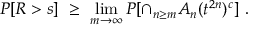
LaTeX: P [ R > s ] \ \ge \ \operatorname * { l i m } _ { m \to \infty } P [ \cap _ { n \ge m } A _ { n } ( t ^ { 2 n } ) ^ { c } ] \ .